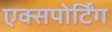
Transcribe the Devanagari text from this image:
एक्सपोर्टिंग